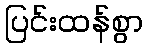
ပြင်းထန်စွာ